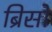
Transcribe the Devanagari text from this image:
ब्रिसो